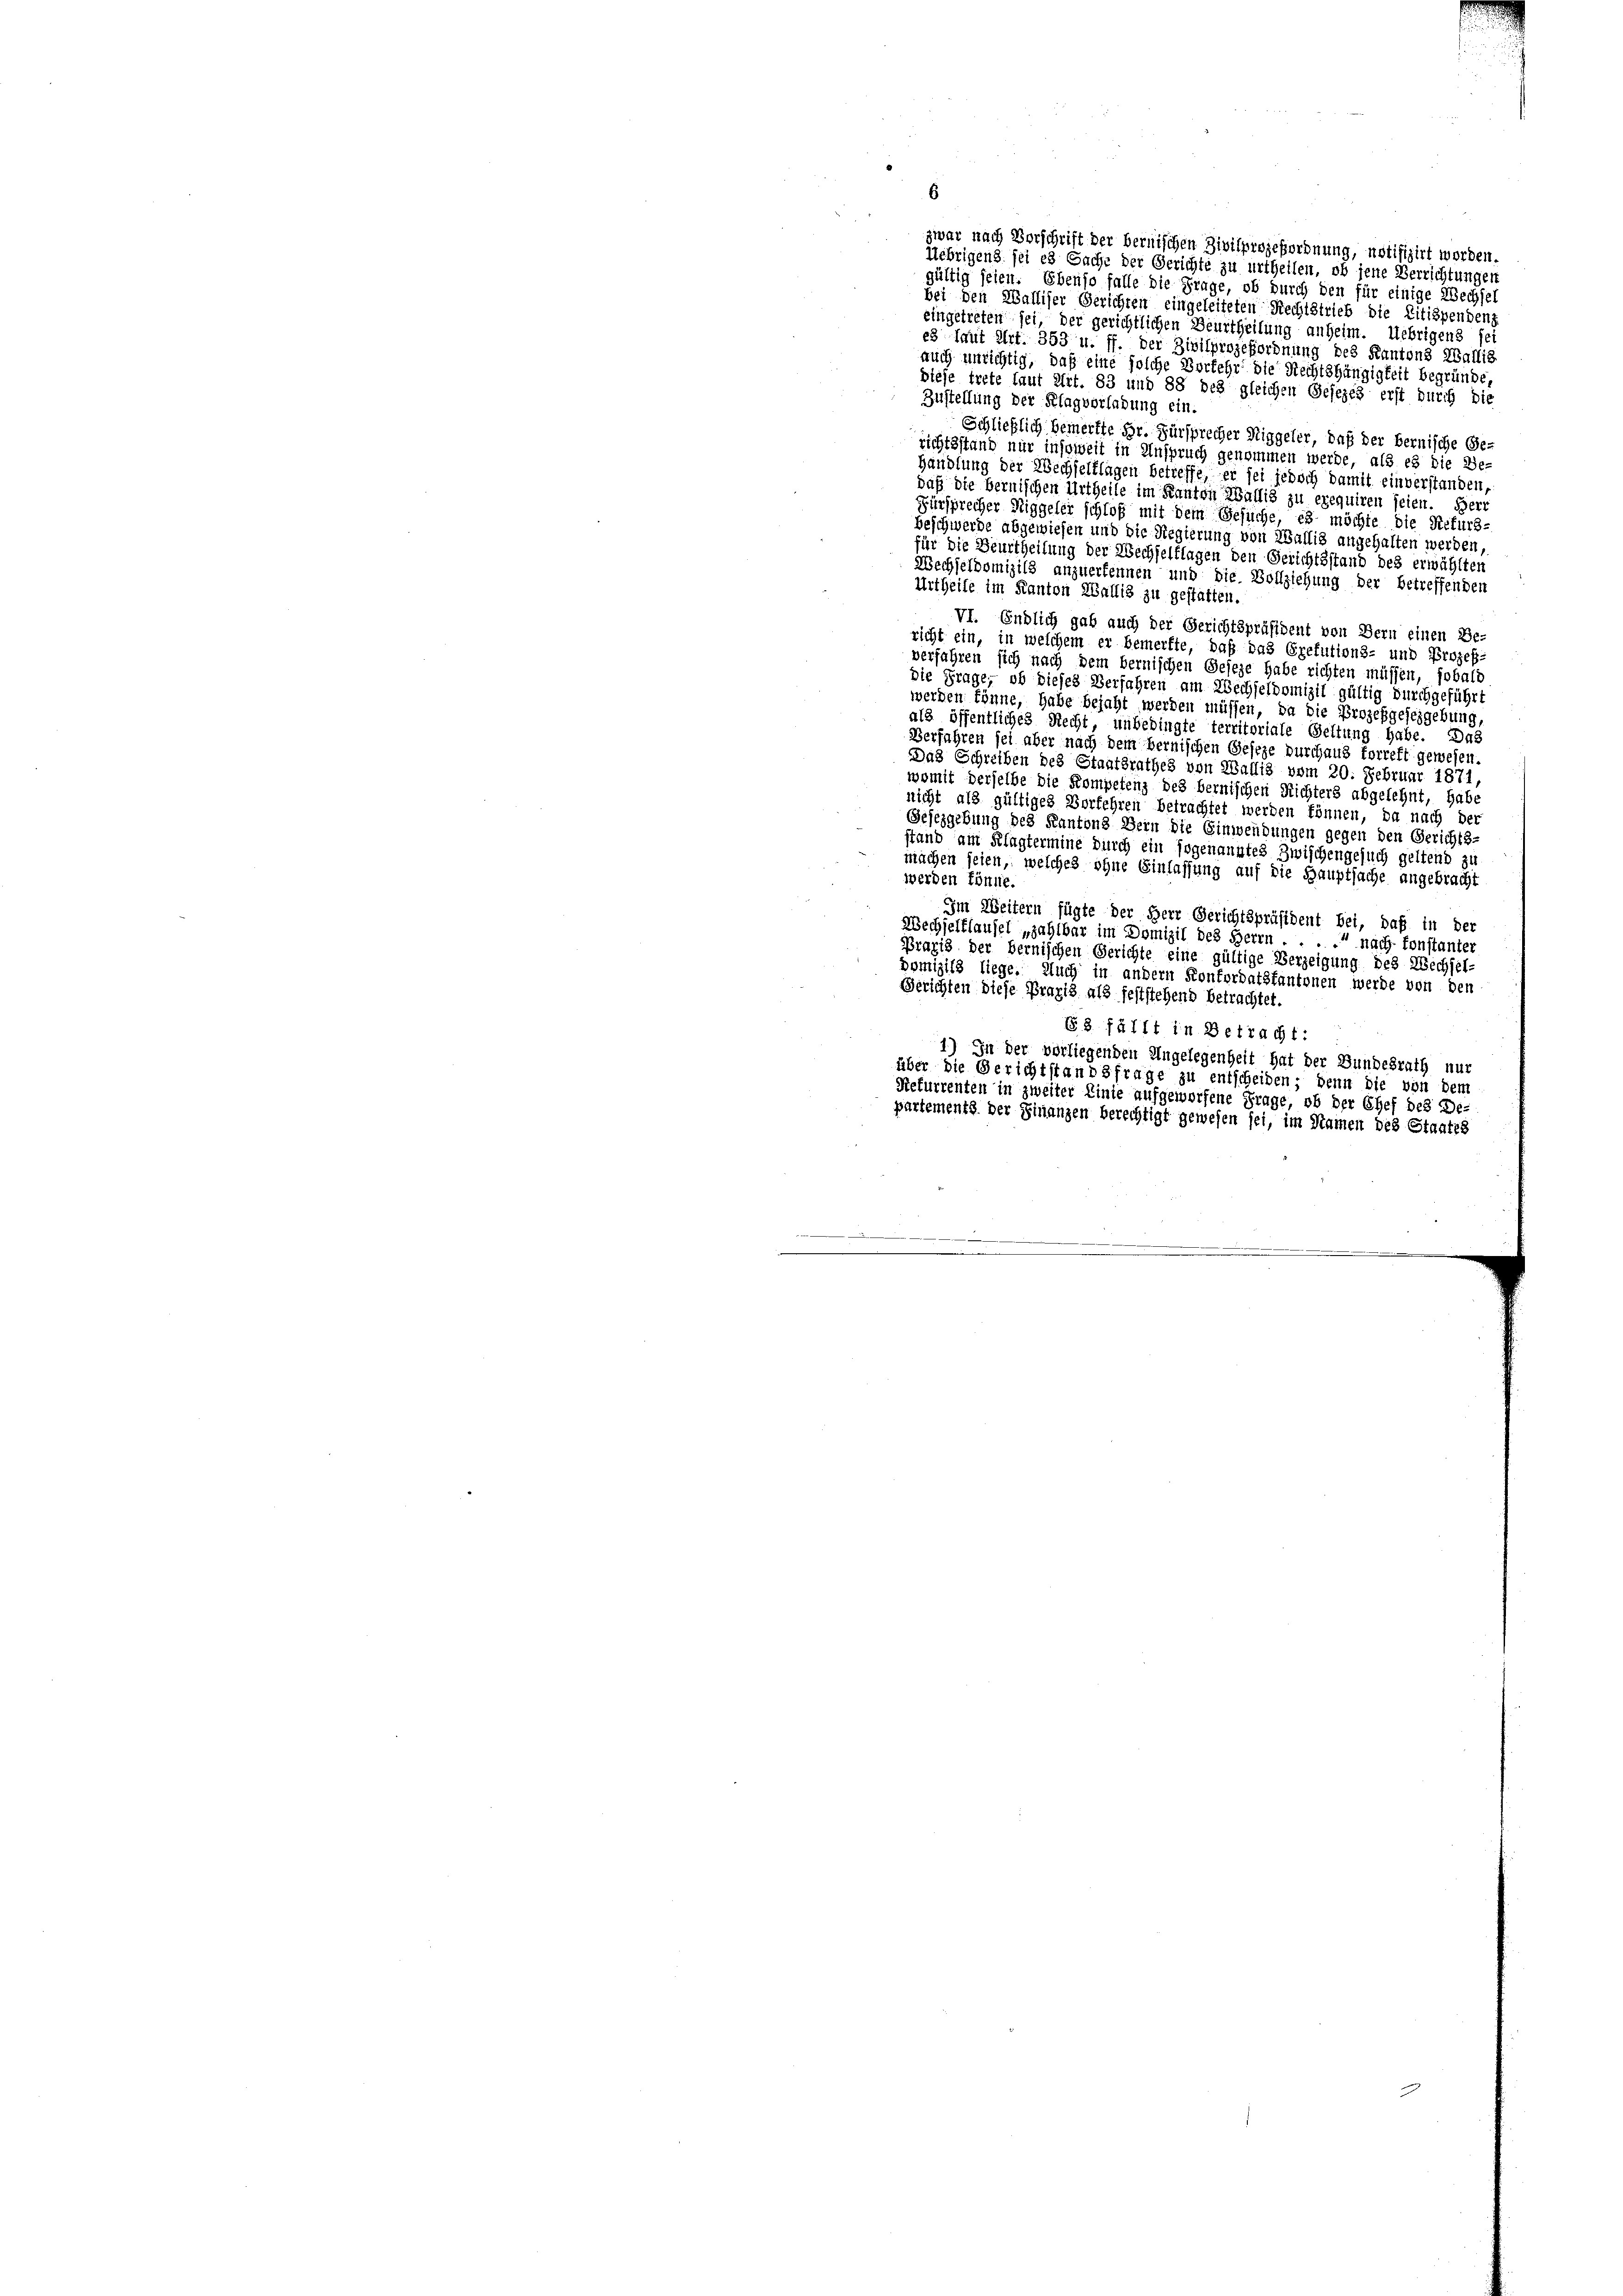
Zustellung der Klagvorladung ein.
Schließlich bemerkte Hr. Fürsprecher Niggeler, daß der Bernische Ge-
richtsstand nur insoweit in Anspruch genommen werde, als es die Be-
Handlung der Wechselflagen betreffe, er sei jedoch damit einverstanden
daß die bernischen Urtheile im Kanton Wallis zu exequiren seien. Herr
Fürsprecher Niggeler schloß mit dem Gesuche, es möchte die Refurs-
beschwerde abgewiesen und die Regierung von Wallig angehalten werden,
für die Beurtheilung der Wechselflagen den Gerichtsstand des erwählten
Wechseldomizils anzuerkennen und die Vollziehung der betreffenden
Urtheile im Kanton Wallis zu gestatten.
VI. Endlich gab auch der Gerichtspräsident von Bern einen Be-
richt ein, in welchem er bemerkte, daß das Grefutions- und Prozeß-
verfahren sich nach dem bernischen Geseze habe richten müssen, sobald
die Frage, ob dieses Verfahren am Wechseldomizil gültig durchgeführt
werden könne, habe bejaht werden müssen, da die Prozeßgeseigebung
als öffentliches Recht, unbedingte territoriale Geltung habe. Das
Verfahren sei aber nach dem Bernischen Geseze durchaus forreft gewesen.
Das Schreiben des Staatsrathes von Wallis vom 20. Februar 1871.
womit derselbe die Kompetenz des bernischen Richters abgelehnt, habe
nicht als gültiges Verfehren betrachtet werden können, da nach der
Gesezgebung des Kantons Bern die Einwendungen gegen den Gerichts-
stand am Klagtermine durch ein sogenanntes Zwischengesuch geltend zu
machen seien, welches ohne Einlassung auf die Hauptsache angebracht
werden könne.
Im Weitern fügte der Herr Gerichtspräsident bei, daß in der
Wechselflaufel „zahlbar im Domizil des Herrn . . . . nach sonstanter
Praxis der bernischen Gerichte eine gültige Verzeigung des Wechsel-
Domizils liege. Auch in andern Konfordatsfantonen werde von den
Gerichten diese Praxis als feststehend betrachtet.
63 fällt in Betracht:
1) In der vorliegenden Angelegenheit hat der Bundesrath nur
über die Gerichtstandsfrage zu entscheiden; denn die von dem
Refurrenten in zweiter Linie aufgeworfene Frage, ob der Chef des De-
partements der Finanzen berechtigt gewesen sei, im Namen des Staates

zwar nach Vorschrift der bernischen Zivilprozeßordnung, notifizirt worden.
Uebrigens sei es Sache der Gerichte zu urtheilen, ob jene Verrichtungen
gültig seien. Ebenso falle die Frage, ob durch den für einige Wechsel
bei den Walliser Gerichten eingeleiteten Rechtstrieb die Litispendenz
eingetreten sei, der gerichtlichen Beurtheilung anheim. Uebrigens sei
es laut Art. 353 u. ff. der Zivilprozeßordnung des Kantons Wallis
auch unrichtig, daß eine solche Vorkehr die Rechtshängigkeit begründe
diese trete laut Art. 83 und 88 des gleichen Gesezes erst durch die